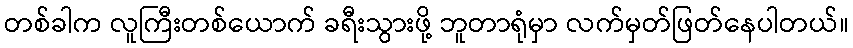
တစ်ခါက လူကြီးတစ်ယောက် ခရီးသွားဖို့ ဘူတာရုံမှာ လက်မှတ်ဖြတ်နေပါတယ်။